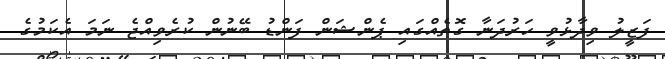
ފަޒީލު ވިދާޅުވީ ހަރުދަނާ ގޮތެއްގައި ޕެންޝަން ފަންޑު ބޭނުން ކުރެވިއްޖެ ނަމަ އެކަމުގެ